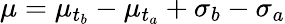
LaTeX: \mu=\mu_{t_{b}}-\mu_{t_{a}}+\sigma_{b}-\sigma_{a}